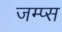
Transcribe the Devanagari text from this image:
जम्प्स